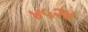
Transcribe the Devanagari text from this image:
४५२४